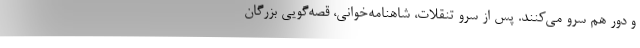
و دور هم سرو می‌کنند. پس از سرو تنقلات، شاهنامه‌خوانی، قصه‌گویی بزرگان